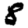
Digit: 8